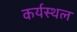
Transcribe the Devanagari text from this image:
कर्यस्थल